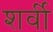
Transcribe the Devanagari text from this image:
शर्वी